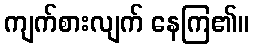
ကျက်စားလျက် နေကြ၏။